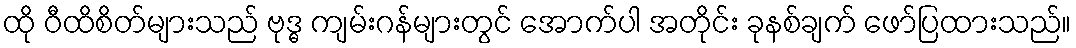
ထို ဝီထိစိတ်များသည် ဗုဒ္ဓ ကျမ်းဂန်များတွင် အောက်ပါ အတိုင်း ခုနစ်ချက် ဖော်ပြထားသည်။